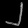
Digit: ၂